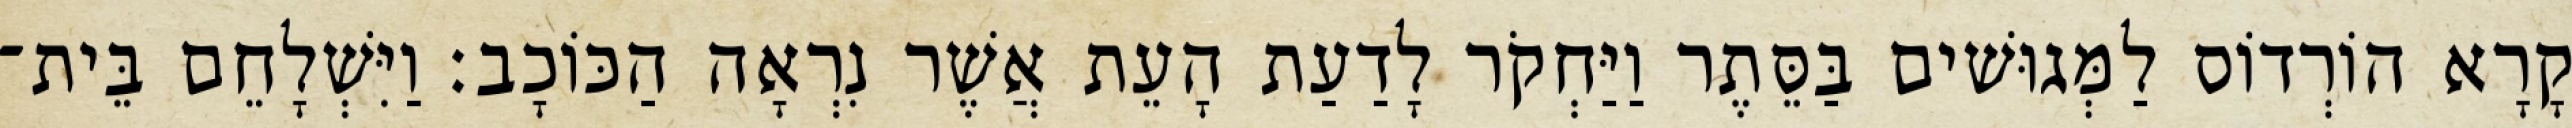
קָרָא הוֹרְדוֹס לַמְּגוּשׁים בַּסֵּתֶר וַיַּחְקֹר לָדַעַת הָעֵת אֲשֶׁר נִרְאָה הַכּוֹכָב׃ וַיִּשְׁלָחֵם בֵּית־